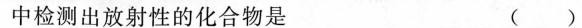
中检测出放射性的化合物是 ()